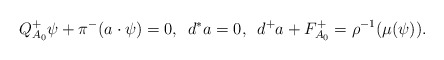
\begin{align*}Q^+_{A_0}\psi + \pi^-(a\cdot \psi) = 0,\, \, \, d^*a = 0, \, \, \, d^+ a + F^+_{A_0} = \rho^{-1}(\mu(\psi)).\end{align*}